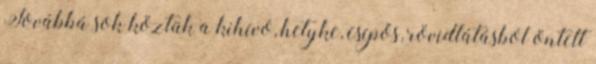
Továbbá sok köztük a kihívó, hetyke, csípős, rövidlátásból öntelt